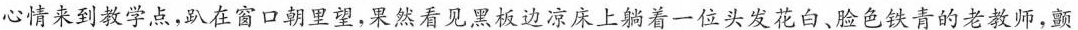
心情来到教学点，趴在窗口朝里望，果然看见黑板边凉床上躺着一位头发花白、脸色铁青的老教师，颤